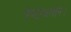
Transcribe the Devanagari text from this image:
पेण्टाथलोन।